Code of medical and sanitary regulations for the guidance of medical officers serving in the Madras Presidency - Volume II
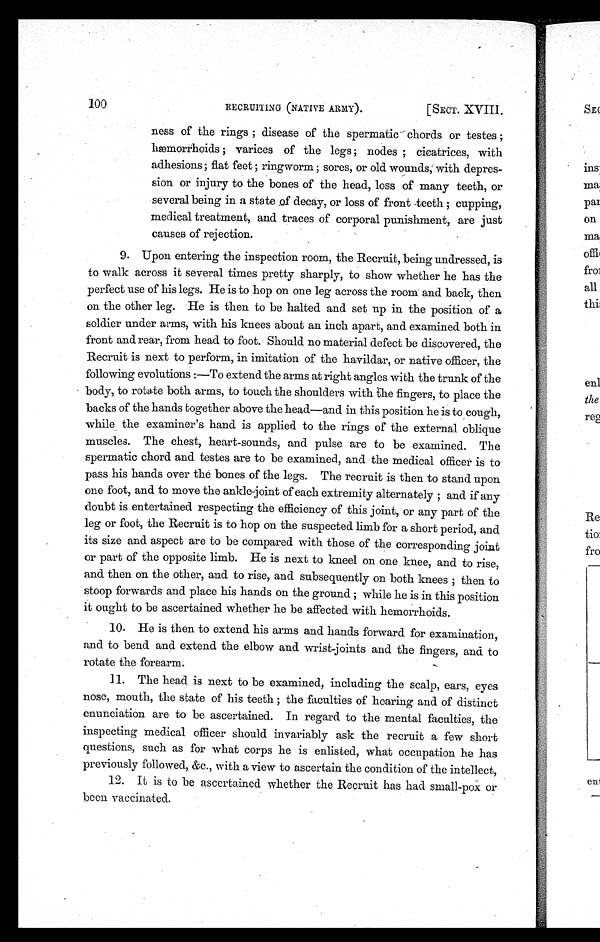
100
RECRUITING (NATIVE ARMY).
[SECT. XVIII.
ness of the rings ; disease of the spermatic chords or testes ;
hæmorrhoids ; varices of the legs ; nodes ; cicatrices, with
adhesions; flat feet ; ringworm ; sores, or old wounds; with depres-
sion or injury to the bones of the head, loss of many teeth, or
several being in a state of decay, or loss of front teeth ; cupping,
medical treatment, and traces of corporal punishment, are just
causes of rejection.
9. Upon entering the inspection room, the Recruit, being undressed, is
to walk across it several times pretty sharply, to show whether he has the
perfect use of his legs. He is to hop on one leg across the room and back, then
on the other leg. He is then to be halted and set up in the position of a
soldier under arms, with his knees about an inch apart, and examined both in
front and rear, from head to foot. Should no material defect be discovered, the
Recruit is next to perform, in imitation of the havildar, or native officer, the
following evolutions :—To extend the arms at right angles with the trunk of the
body, to rotate both arms, to touch the shoulders with the fingers, to place the
backs of the hands together above the head—and in this position he is to cough,
while the examiner's hand is applied to the rings of the external oblique
muscles. The chest, heart-sounds, and pulse are to be examined. The
spermatic chord and testes are to be examined, and the medical officer is to
pass his hands over the bones of the legs. The recruit is then to stand upon
one foot, and to move the ankle joint of each extremity alternately ; and if any
doubt is entertained respecting the efficiency of this joint, or any part of the
leg or foot, the Recruit is to hop on the suspected limb for a short period, and
its size and aspect are to be compared with those of the corresponding joint
or part of the opposite limb. He is next to kneel on one knee, and to rise,
and then on the other, and to rise, and subsequently on both knees ; then to
stoop forwards and place his hands on the ground ; while he is in this position
it ought to be ascertained whether he be affected with hemorrhoids.
10. He is then to extend his arms and hands forward for examination,
and to bend and extend the elbow and wrist-joints and the fingers, and to
rotate the forearm.
11. The head is next to be examined, including the scalp, ears, eyes
nose, mouth, the state of his teeth ; the faculties of hearing and of distinct
enunciation are to be ascertained. In regard to the mental faculties, the
inspecting medical officer should invariably ask the recruit a few short
questions, such as for what corps he is enlisted, what occupation he has
previously followed, &c., with a view to ascertain the condition of the intellect,
12. It is to be ascertained whether the Recruit has had small-pox or
been vaccinated.